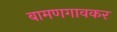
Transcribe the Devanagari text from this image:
बामणगावकर